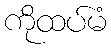
ကိုထပ်မံ